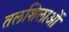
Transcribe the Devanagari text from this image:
तलशिलाओं